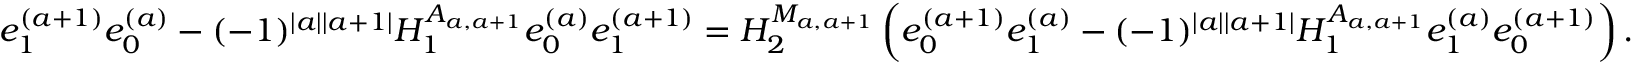
e _ { 1 } ^ { ( a + 1 ) } e _ { 0 } ^ { ( a ) } - ( - 1 ) ^ { | a | | a + 1 | } H _ { 1 } ^ { A _ { a , a + 1 } } e _ { 0 } ^ { ( a ) } e _ { 1 } ^ { ( a + 1 ) } = H _ { 2 } ^ { M _ { a , a + 1 } } \left( e _ { 0 } ^ { ( a + 1 ) } e _ { 1 } ^ { ( a ) } - ( - 1 ) ^ { | a | | a + 1 | } H _ { 1 } ^ { A _ { a , a + 1 } } e _ { 1 } ^ { ( a ) } e _ { 0 } ^ { ( a + 1 ) } \right) .